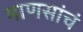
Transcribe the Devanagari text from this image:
माणसांचं